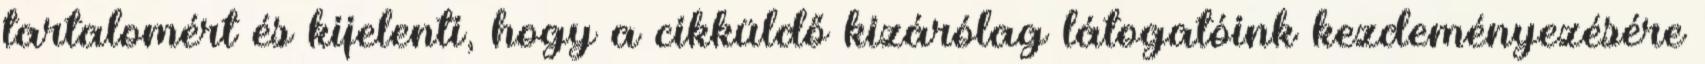
tartalomért és kijelenti, hogy a cikküldő kizárólag látogatóink kezdeményezésére